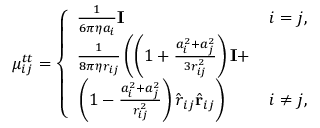
\begin{array} { r } { \mu _ { i j } ^ { t t } = \left\{ \begin{array} { l l } { \frac { 1 } { 6 \pi \eta a _ { i } } \mathbf { I } } & { i = j , } \\ { \frac { 1 } { 8 \pi \eta r _ { i j } } \left( \left( 1 + \frac { a _ { i } ^ { 2 } + a _ { j } ^ { 2 } } { 3 r _ { i j } ^ { 2 } } \right) \mathbf { I } + \right. } \\ { \left. \left( 1 - \frac { a _ { i } ^ { 2 } + a _ { j } ^ { 2 } } { r _ { i j } ^ { 2 } } \right) \hat { \boldsymbol { r } } _ { i j } \hat { \mathbf { r } } _ { i j } \right) } & { i \neq j , } \end{array} \right. } \end{array}